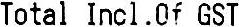
TOTAL INCL.OF GST